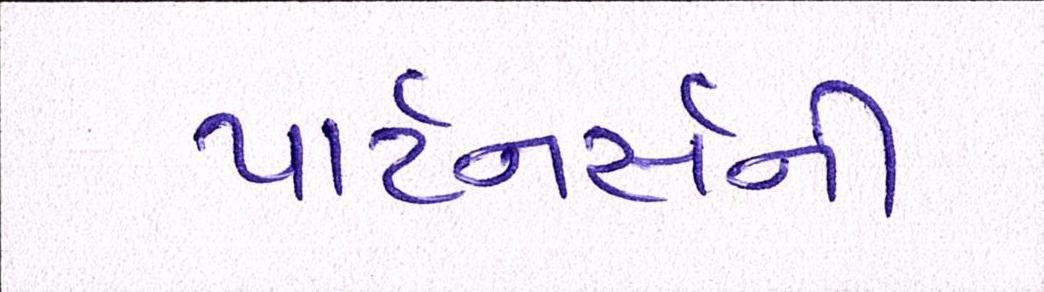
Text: પાર્ટનર્સની